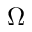
\Omega